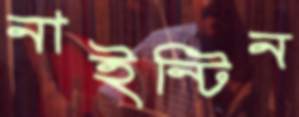
নাইন্টিন